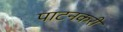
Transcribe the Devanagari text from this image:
पाटनकरी